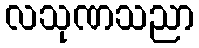
လသုဏသညာ